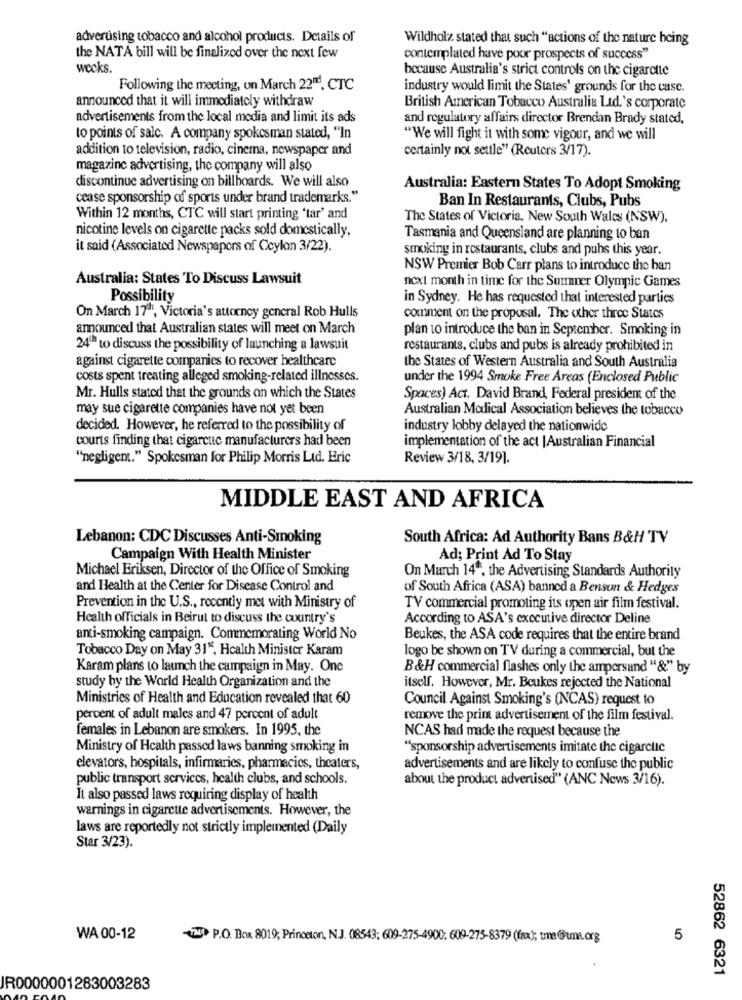
adverúsing tobacco and alcohol products. Details of
Wildholz stated that such "actions of the nature being
the NATA bill will be finalized over the next few
contemplated have poor prospects of success"
wecks.
because Australia's strict controls on the cigarette
Following the meeting, on March 22", CTC
industry would limit the States' grounds for the case.
announced that it will immediately withdraw
British American Tobacco Australia Ltd.'s corporate
advertisements from the local media and limit its ads
and regulatory affairs director Brendan Brady stated,
to points of salc. A company spokesman stated, "In
"We will fight it with some vigour, and we will
addition to television, radio, cinema, newspaper and
certainly not settle" (Reuters 3/17).
magazine advertising, the company will also
discontinue advertising on billboards. We will also
Australia: Eastern States To Adopt Smoking
cease sponsorship of sports under brand trademarks."
Ban In Restaurants, Clubs, Pubs
Within 12 months, CTC will start printing 'tar' and
The States of Victoria, New South Wales (NSW),
nicotine levels on cigarette packs sold domestically,
Tasmania and Queensland are planning to ban
it said (Associated Newspapers of Ceylon 3/22).
smoking in restaurants, clubs and pubs this year.
NSW Premier Bob Carr plans to introduce the ban
Australia: States To Discuss Lawsuit
next month in time for the Summer Olympic Games
Possibility
in Sydney. He has requested that interested parties
On March 17h, Victoria's attorney general Rob Hulls
comment on the proposal. The other three States
amounced that Australian states will meet on March
plan to introduce the ban in September. Smoking in
24" to discuss the possibility of launching a lawsuit
restaurants, clubs and pubs is already prohibited in
against cigarette companies to recover healthcare
the States of Western Australia and South Australia
costs spent treating alleged smoking-related illnesses.
under the 1994 Smoke Free Areas (Enclosed Public
Mr. Hulls stated that the grounds on which the States
Spaces) Act. David Brand, Federal president of the
may sue cigarette companies have not yet been
Australian Medical Association believes the tobacco
decided. However, he referred to the possibility of
industry lobby delayed the nationwide
courts finding that cigarcuc manufacturers had been
implementation of the act | Australian Financial
"negligent." Spokesman for Philip Morris Ltd. Eric
Review 3/18, 3/191.
MIDDLE EAST AND AFRICA
Lebanon: CDC Discusses Anti-Smoking
South Africa: Ad Authority Bans B&H TV
Campaign With Health Minister
Ad; Print Ad To Stay
Michael Eriksen, Director of the Office of Smoking
On March 14", the Advertising Standards Authority
and Health at the Center for Disease Control and
of South Africa (ASA) banned a Benson & Hedges
Prevention in the U.S ., recently met with Ministry of
TV commercial promoting its open air film festival.
Health officials in Beirut to discuss the country's
According to ASA's executive director Deline
anti-smoking campaign. Commemorating World No
Beukes, the ASA code requires that the entire brand
Tobacco Day on May 31", Health Minister Karam
logo be shown on TV during a commercial, but the
Karam plans to launch the campaign in May. One
B&H commercial flashes only the ampersand "&" by
study by the World Health Organization and the
itself. However, Mr. Beukes rejected the National
Ministries of Health and Education revealed that 60
Council Against Smoking's (NCAS) request to
percent of adult males and 47 percent of adult
remove the prim advertisement of the film festival.
females in Lebanon are smokers. In 1995, the
NCAS had made the request because the
Ministry of Health passed laws banning smoking in
"sponsorship advertisements imitate the cigarette
elevators, hospitals, infirmaries, pharmacies, theaters,
advertisements and are likely to confuse the public
public transport services, health clubs, and schools.
about the product advertised" (ANC News 3/16).
It also passed laws requiring display of health
warnings in cigarette advertisements. However, the
laws are reportedly not strictly implemented (Daily
Star 3/23).
WA 00-12
-172 P.O. Box 8019; Princeton, N.J. 08543; 609-275-4900: 609-275-8379 (fax); tma @umme.org
5
52862 6321
IR0000001283003283